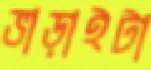
ভাড়াইটা